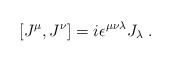
\begin{align*}[J^\mu , J^\nu] =i \epsilon^{\mu\nu\lambda}J_\lambda \;.\end{align*}